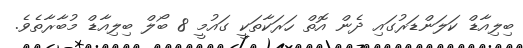
ބިލިއާޑް ކަލަންޑަރުގައި ދެން އޮތް ހަރަކާތަކީ ގައުމީ 8 ބޯލް ބިލިއާޑް މުބާރާތެވެ.